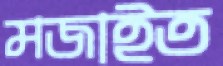
মজাইত